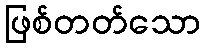
ဖြစ်တတ်သော